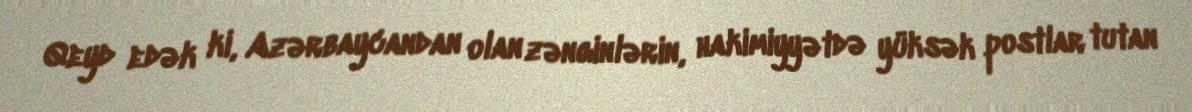
Qeyd edək ki, Azərbaycandan olan zənginlərin, hakimiyyətdə yüksək postlar tutan